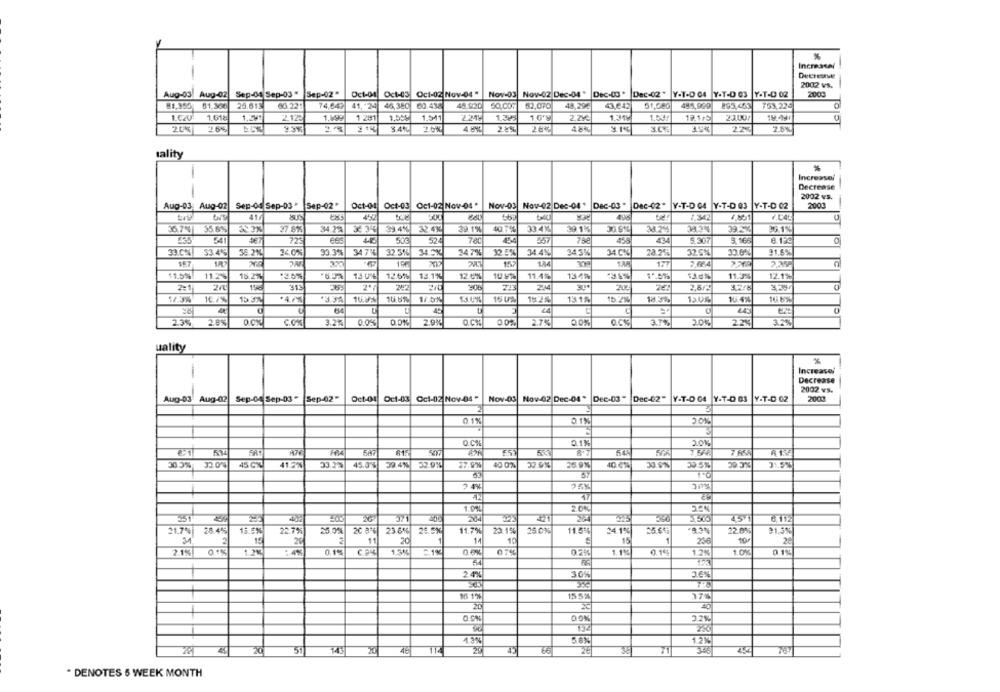
%
Increaser
-
Decrease
2002 vs.
Aug-03 Aug-02
Sep-04 Sep-03" Sep-02"
Oct-04 Oct-45 Oct-02 Nov-04 "
Nov-03 Nov-02 Dec-04 "
Dec-03 ' Dec-(2" Y-T-D 04 Y-T-D 03 Y-T-D 02
2000
25.615
48.62C
753,225
0
81,30€
66.22:
74,64?
41, 24
46,380
60.438
52,070
48,290
43,642
51,086
485,929 895,453
1.618
2.125
1 281
1,541
2219
1.38:
1,0'9
2.29
1.31
19.1 5
23.00/
15.49
2.6%
3.4%
4 8%
48%
3.1%
3.0%
2.2
7.6%
tality
Increasei
Decrease
2002 vs.
Aug-03 Aug-02
Sep-01 Sep-03 " Sep-02"
Oct-04 Oct-03 Oc1-02 Nov-04 .
Nov-03 Nov-02 Dec-04 * Dec-03 * Dac-02* Y-T-D 04 Y-T-D 03 Y-T-D 02
2003
41/
1.342
67%
35.6%
27.8%
244.28
39 4%
32.4%
29.19%
40.7%
334K
39 1%
38.2%
39.2%
30.1%
123
509
52
455
43
8.507
8.166
8.130
33.0%|
33.4%
38 2%
34.0%
33.3%
34 750
32.3% 34.5%
34.7%
32 5%
34.4%
343%
34.0%
28.29
32.6%
33.6%%
91.5%
567
IR
15
177
2,664
11,5%
11.2%
18.21
13 UL
12.6%%
13.1%
12 6%
10 1
11.4%
134%
11.3%
12.1%
2=1
116
1313
244
202
2,8/2
3.216
173%
154%
*47%
16.6%
1/b*
16 U%
152%
131%
15.2%
18.5%
13.0%
10 4%
15 JT
45
H
2.3%
2.8%
O
COX
3.2%
0.0%
0.0%
2.9%
O.C%
00%
2.7%
0.0%
3.7%
2.0%
2.2%
3.2%
uality
%
-
Increasei
Decrease
2002 vs.
Aug-03 Aug-02 Sep-04 Sep-03 "
Sep-02"
Oct-01 Oct-03 Oct-02 Nov-04 -
Nov-03 Nov-02 Dec-04 * Dec-03 "
Dec-02-
Y-T-D 04 Y-T-D 03
Y-T-D 02
2003
0.1%
0.1%
20%
Q.C%
0.1%
20%
EST
33.00%
45 CX
41.5%
33.22%
45,0% 39.4%
52 9%
40 0%
32 0%
26 9%
40.6%
59.5%
31,5%
30.3%
> 4%
1.01
20%
551
45
21.7%
22.7%
25.0%
20 8%
23.6%
11.7%
23.1%
28.01
11.5%
24.1%
22 AN
91.5%
15
29
2
20
1
11
10
15
1
236
28
11
2.1%
10
0.1%
1,3%
0.1%
0.5%
07%%
02%
1.1%
0.14
1.2%
1.0%
0.1%
2.4%
30%
SIS 1%
15 5%
20
DOK
22%
1.32
1.3%
5.8%
1.2%
51
20
66
78
* DENOTES 6 WEEK MONTH